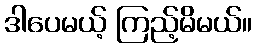
ဒါပေမယ့် ကြည့်မိမယ်။